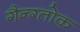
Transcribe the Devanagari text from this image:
गैन्ग्तोक